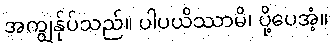
အကျွန်ုပ်သည်။ ပါပယိဿာမိ၊ ပို့ပေအံ့။